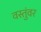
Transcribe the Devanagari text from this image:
वस्तुंवर